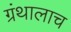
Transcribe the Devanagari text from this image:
ग्रंथालाच